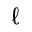
\ell